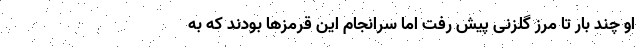
او چند بار تا مرز گلزنی پیش رفت اما سرانجام این قرمزها بودند که به